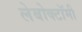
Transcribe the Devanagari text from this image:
लेबोक्टॉमी